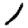
Digit: 1